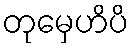
တုမှေဟိပိ